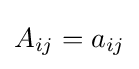
A_{ij}=a_{ij}